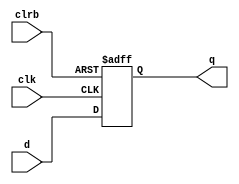
// 4
module hardreg (clk, clrb, d, q);

    input           clk, clrb;
    input[3:0]      d;
    output[3:0]     q;
    reg[3:0]        q;

    always @(posedge clk or posedge clrb) begin
        if(clrb)
            q <= 0;
        else
            q <= d;
    end

endmodule //hardreg